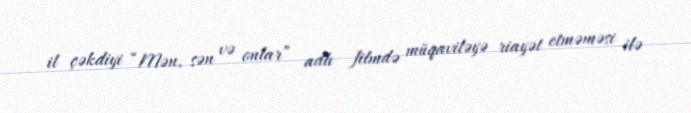
il çəkdiyi “Mən, sən və onlar” adlı filmdə müqaviləyə riayət etməməsi ilə